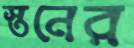
স্তনের